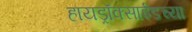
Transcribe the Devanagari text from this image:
हायड्राॅक्साईडच्या